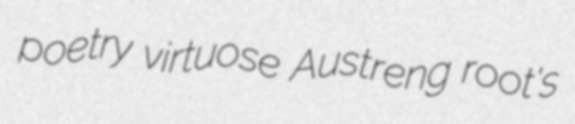
poetry virtuose Austreng root's